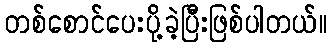
တစ်စောင်ပေးပို့ခဲ့ပြီးဖြစ်ပါတယ်။